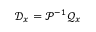
\mathcal { D } _ { x } = \mathcal { P } ^ { - 1 } \mathcal { Q } _ { x }